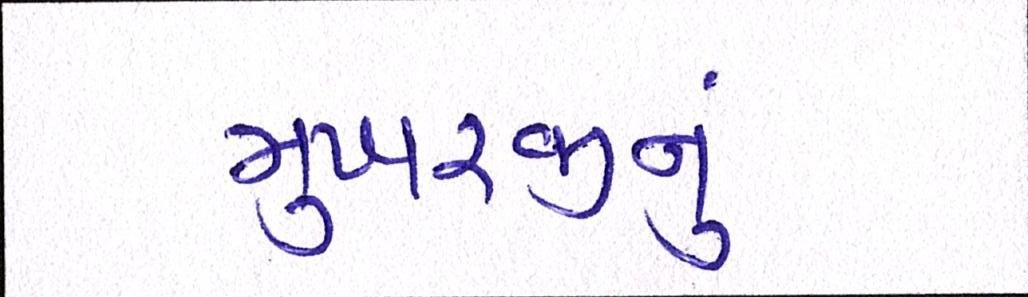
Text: મુખરજીનું